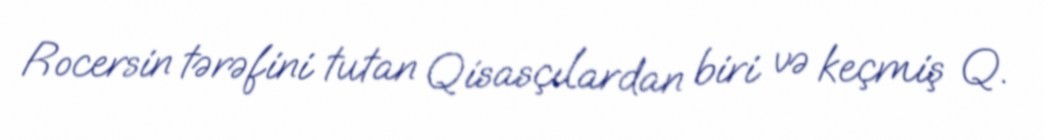
Rocersin tərəfini tutan Qisasçılardan biri və keçmiş Q.